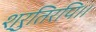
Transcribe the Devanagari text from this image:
श्रुतिरपि।।